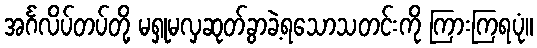
အင်္ဂလိပ်တပ်တို့ မရှုမလှဆုတ်ခွာခဲ့ရသောသတင်းကို ကြားကြရပုံ။